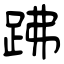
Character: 𧿳